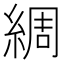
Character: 綢